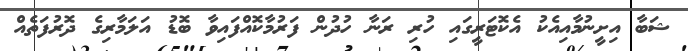
ޝަބާ އިށީނުމާއިއެކު އެކޮޓަރީގައި ހުރި ރަނާ ހުދުން ފަރުމާކޮއްފައިވާ ބޮޑު އަލަމާރިގެ ދޮރުފަތެއް